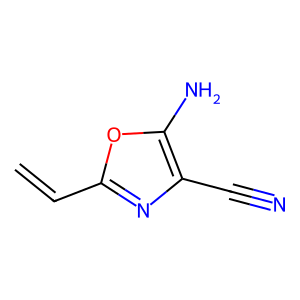
SMILES: C=Cc1nc(C#N)c(N)o1
Inhibits HIV replication: No